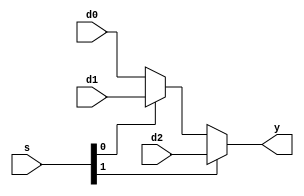
`timescale 1ns / 1ps
//////////////////////////////////////////////////////////////////////////////////
// Company: 
// Engineer: 
// 
// Design Name: 
// Module Name: mux3
// Project Name: 
// Target Devices: 
// Tool Versions: 
// Description: 
// 
// Dependencies: 
// 
// Revision:
// Revision 0.01 - File Created
// Additional Comments:
///////////////////////////////////////////////////////////////////////////////////
module mux3 #(parameter WIDTH = 32)
                     (input  [WIDTH-1:0] d0, d1, d2,
                      input  [1:0]s,
                      output [WIDTH-1:0] y);
     assign y = s[1] ? d2 : (s[0] ? d1 : d0);
endmodule